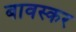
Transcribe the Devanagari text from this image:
बावस्कर